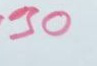
30